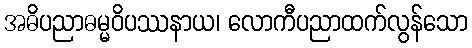
အဓိပညာဓမ္မဝိပဿနာယ၊ လောကီပညာထက်လွန်သော